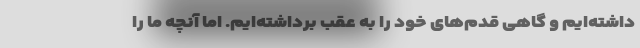
داشته‌ایم و گاهی قدم‌های خود را به عقب برداشته‌ایم. اما آنچه ما را